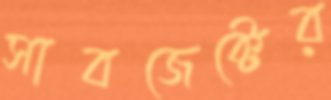
সাবজেক্টের